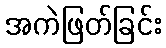
အကဲဖြတ်ခြင်း